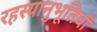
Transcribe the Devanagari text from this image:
रहस्यानुभूतियाँ